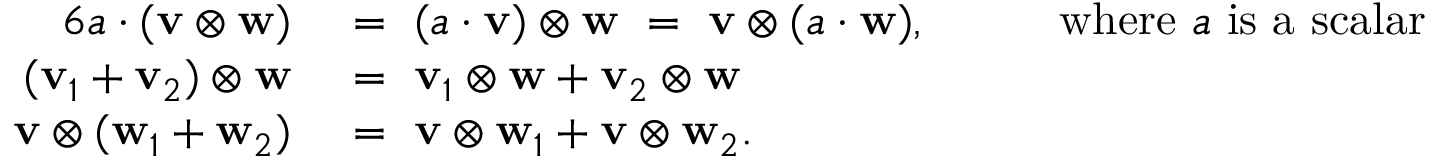
{ \begin{array} { r l r l } { { 6 } a \cdot ( \mathbf { v } \otimes \mathbf { w } ) ~ } & { = ~ ( a \cdot \mathbf { v } ) \otimes \mathbf { w } ~ = ~ \mathbf { v } \otimes ( a \cdot \mathbf { w } ) , } & & { ~ ~ { \mathrm { ~ w h e r e ~ } } a { \mathrm { ~ i s ~ a ~ s c a l a r } } } \\ { ( \mathbf { v } _ { 1 } + \mathbf { v } _ { 2 } ) \otimes \mathbf { w } ~ } & { = ~ \mathbf { v } _ { 1 } \otimes \mathbf { w } + \mathbf { v } _ { 2 } \otimes \mathbf { w } } & & { } \\ { \mathbf { v } \otimes ( \mathbf { w } _ { 1 } + \mathbf { w } _ { 2 } ) ~ } & { = ~ \mathbf { v } \otimes \mathbf { w } _ { 1 } + \mathbf { v } \otimes \mathbf { w } _ { 2 } . } & & { } \end{array} }